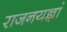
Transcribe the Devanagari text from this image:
राजनयज्ञां